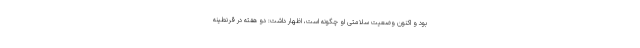
بود و اکنون وضعیت سلامتی او چگونه است، اظهار داشت: دو هفته در قرنطینه